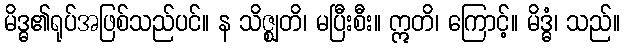
မိဒ္ဓ၏ရုပ်အဖြစ်သည်ပင်။ န သိဇ္ဈတိ၊ မပြီးစီး။ ဣတိ၊ ကြောင့်။ မိဒ္ဓံ၊ သည်။